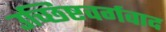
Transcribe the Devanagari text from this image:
उच्छिष्टवर्गवाद